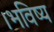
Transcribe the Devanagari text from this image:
।भविष्य